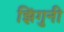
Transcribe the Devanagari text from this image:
झिंगुनी